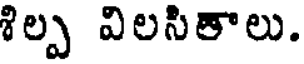
శిల్ప విలసితాలు.